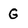
Character: G